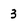
Character: 3